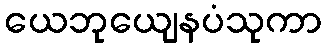
ယေဘုယျေနပံသုကာ